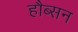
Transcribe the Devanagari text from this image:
हौब्सन